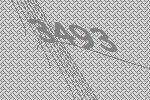
3493